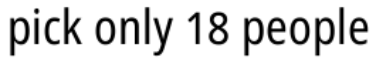
pick only 18 people